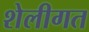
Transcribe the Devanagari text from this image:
शेलीगत